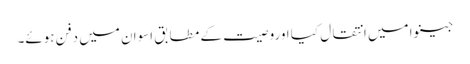
جینوا میں انتقال کیا اوروصیت کے مطابق اسوان میں دفن ہوئے۔